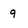
Character: 9